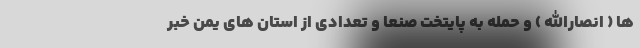
ها ( انصارالله ) و حمله به پایتخت صنعا و تعدادی از استان های یمن خبر